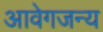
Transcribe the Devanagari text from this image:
आवेगजन्य